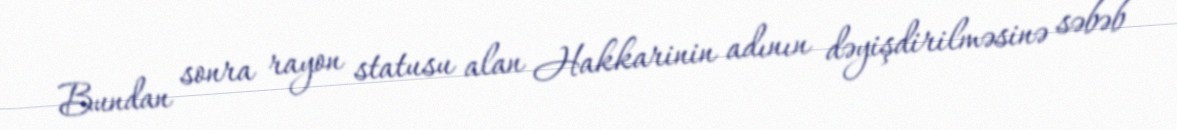
Bundan sonra rayon statusu alan Hakkarinin adının dəyişdirilməsinə səbəb